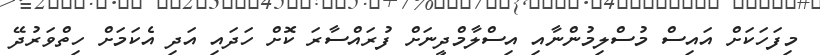
މިފަހަކަށް އައިސް މުސްލިމުންނާއި އިސްލާމްދީނަށް ފުރައްސާރަ ކޮށް ހަދައި އަދި އެކަމަށް ހިތްވަރުދޭ